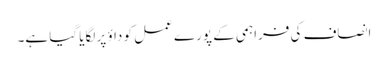
انصاف کی فراہمی کے پورے عمل کو داؤ پر لگایا گیا ہے۔